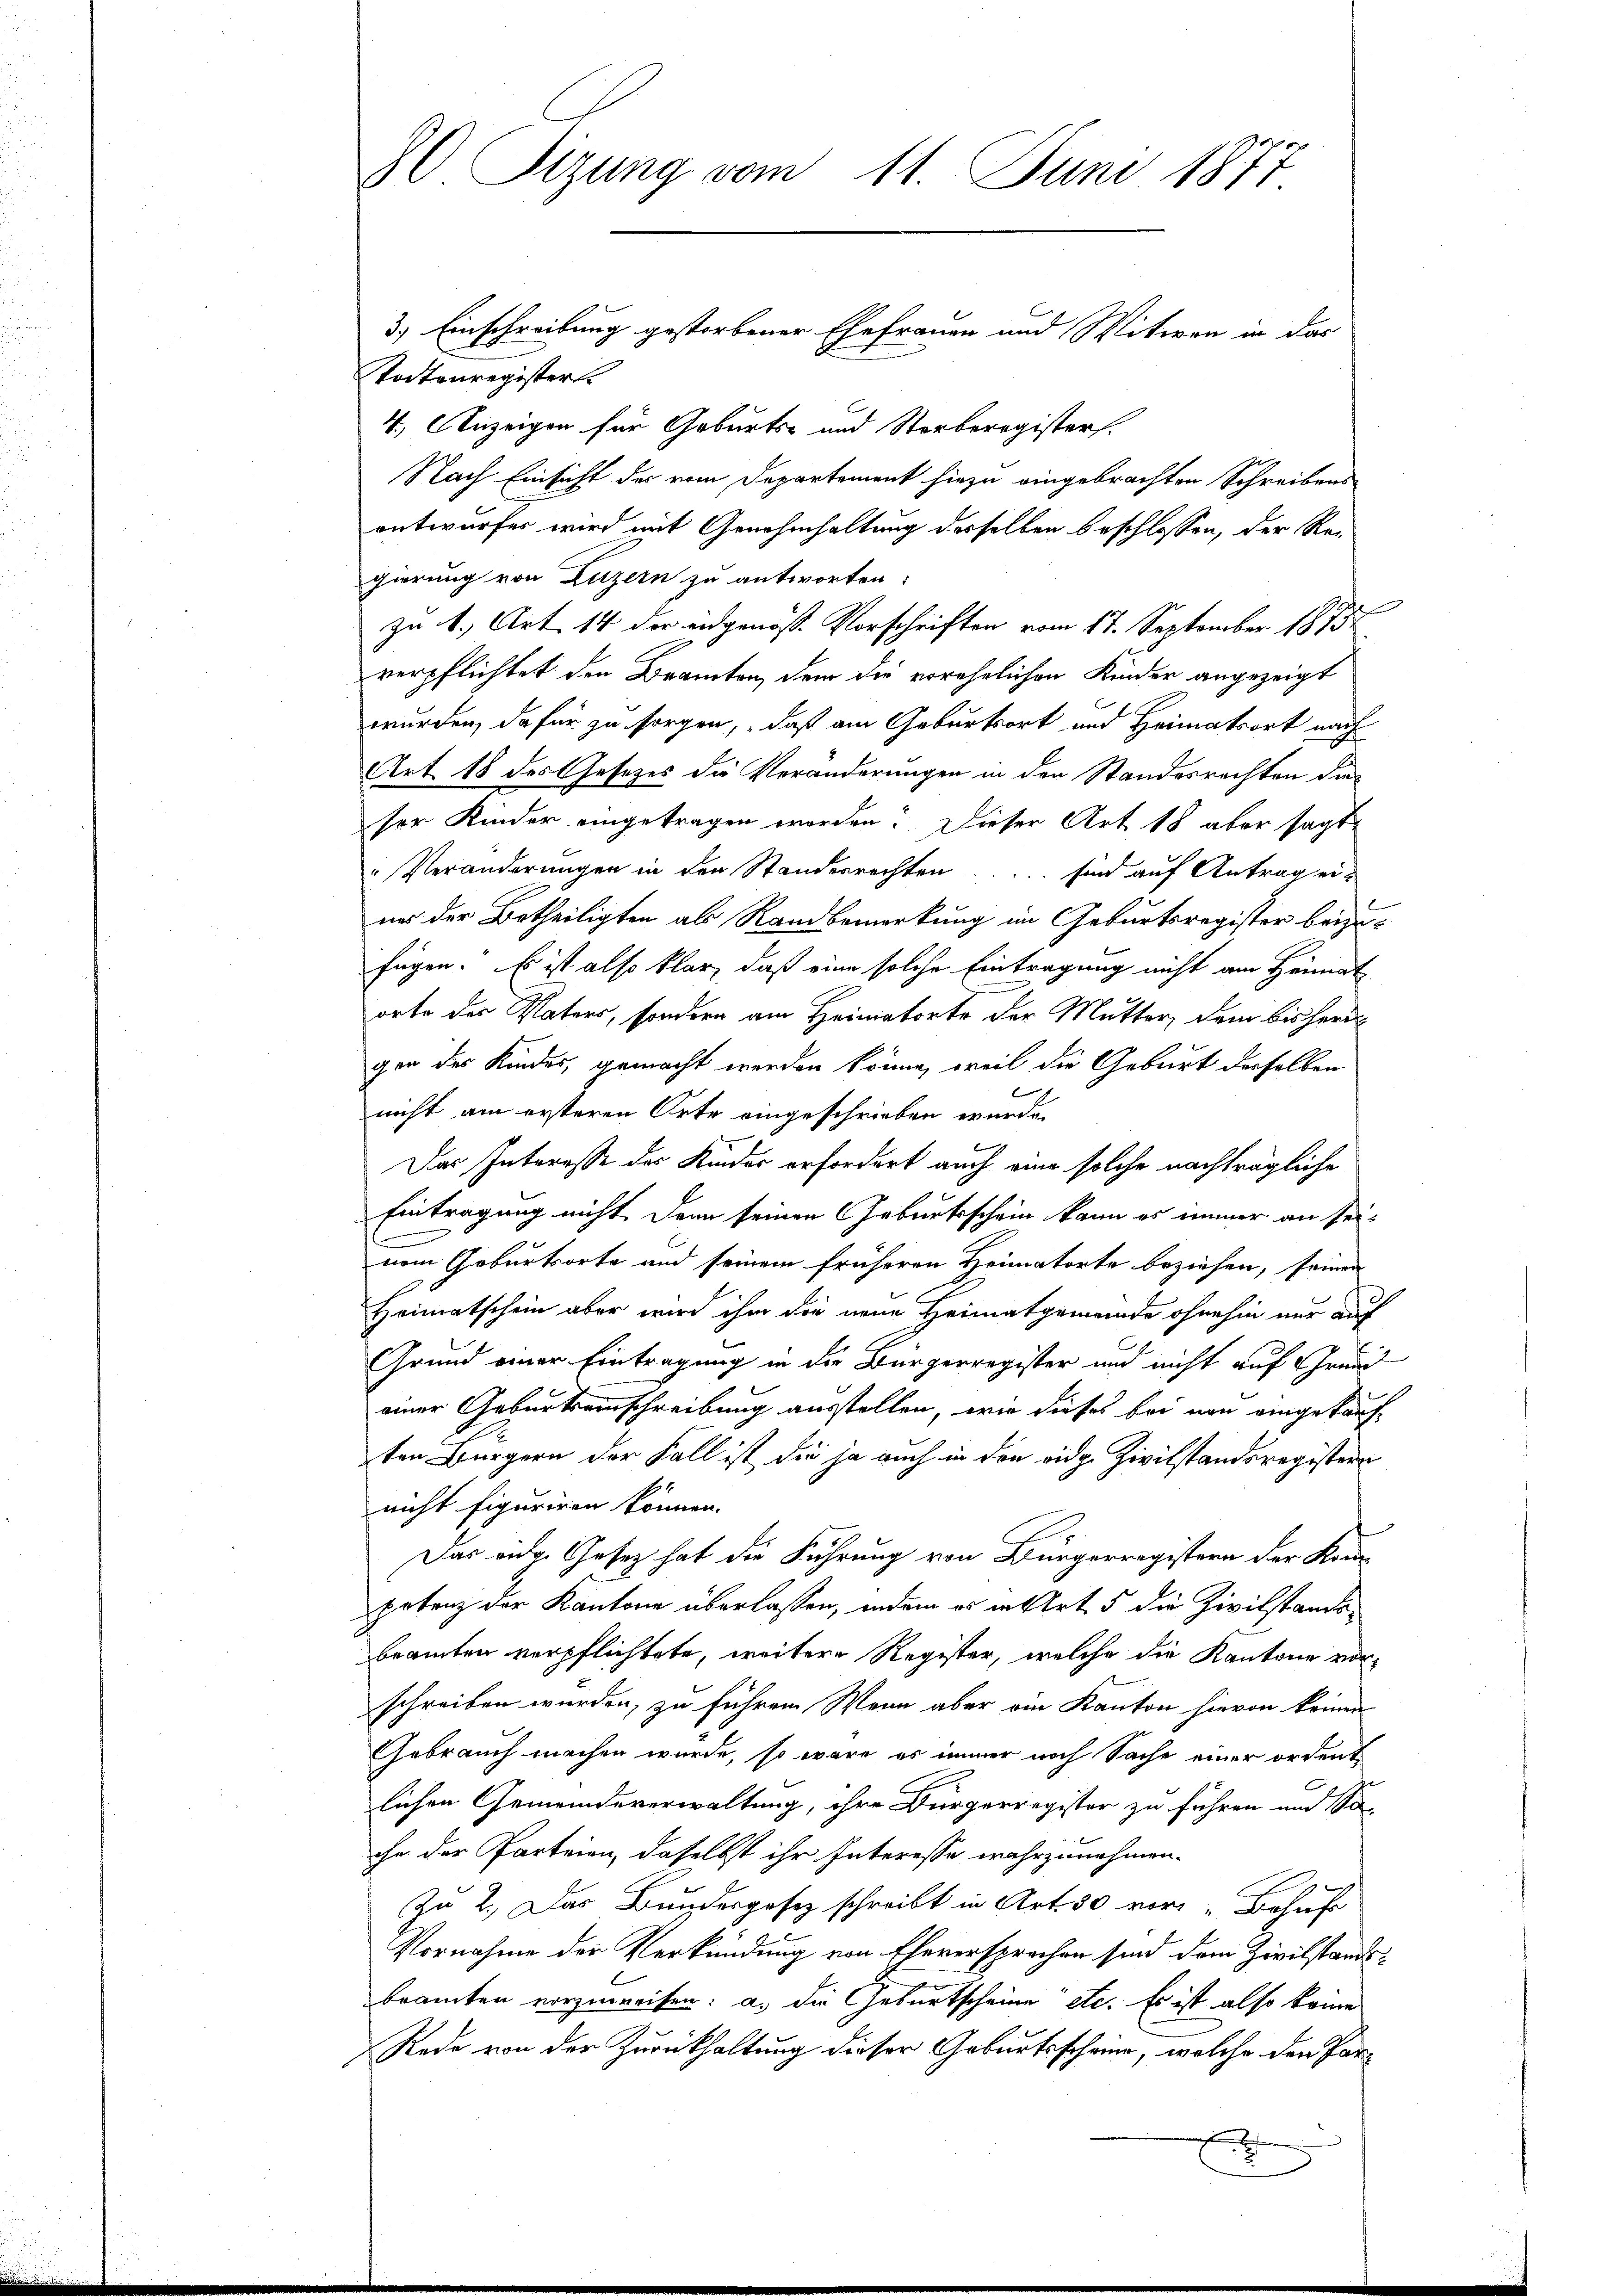
80 Sizung vom 11. Juni 1877

todtenregister
4, Anzeigen für Geburts- und Sterberegisters.
Nach Einsicht der vom Departement hiezu eingebrachten Schreibens
entwurfes wird mit Genehmhaltung derselben beschlossen, der Regierung von Luzern zu antworten:
zu 1., Art. 14 der eidgenöss. Vorschriften vom 17. September 1875.
verpflichtet den Branten, dem die vorehelichen Kinder angezeigt
wurden, da für zu sorgen, daß am Geburtsort und Heimatsort nach
Art. 18 des Gesetzes die Veränderungen in den Standesrechten dieser Kinder eingetragen worden. Dieser Art 18 aber sagt
Veränderungen in den Standesrechten ..... sind auf Antrag eiuns der Betheiligten als Randbemerkung im Geburtsregister beizufügen. Es ist also klar, daß eine solche Eintragung nicht am Heimat
orte der Vaters, sondern am Heimatorte der Mutter, dem bisherigen des Kindes, gemacht werden könne, weil die Geburt derselben
nicht am ersteren Orte eingeschrieben wurde.
Das Interesse des Kinder erfordert auch eine solche nachträgliche
Eintragung nicht. Denn seinen Geburtsschein kann es immer an seinem Geburtsorte und seinem früheren Heimatorte beziehen, seinen
Heimatschein aber wird ihm die neue Heimatgemeinde ohnehin nur auf
Grund einer Eintragung in die Bürgerregister und nicht auf Grund
einer Geburtseinschreibung ausstellen, wie dieses bei von eingekauften Bürgern der Fall ist, die ja auch in den vidg. Zivilstandsregistern
nicht figuriren können.
Das eidg. Gesetz hat die Führung von Bürgerregistern der Kompotenz der Kantone überlassen, indem es in Art. 5 die Zivilstandsbeamten verpflichtete, weitere Register, welche die Kantone vorschreiben wurden, zu führen Wenn aber ein Kanton hievon keinen
Gebrauch machen wurde, so wäre es immer noch Sache einer ordent
lichen Gemeindeverwaltung, ihre Bürgerregister zu führen und So-
che der Parteien, daselbst ihr Interesse wahrzunehmen.
Zu 2. Das Bundesgesez schreibt in Art. 30 vor Behuf
Vornahme der Verkündung von Eheversprechen sind dem Zivilstandsbeamten vorzuweisen: a.) die Geburtscheine etc. Es ist also keine
Rede von der Zurückhaltung dieser Geburtsscheine, welche den Par¬

3.) Einschreibung gestorbener Ehefrauen und Witwen in das